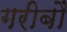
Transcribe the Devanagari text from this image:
गरीबौं